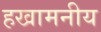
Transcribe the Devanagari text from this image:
हखामनीय